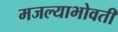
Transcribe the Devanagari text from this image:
मजल्याभोवती